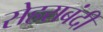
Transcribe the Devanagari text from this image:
सेहराबंदी